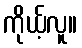
ကိုယ့်လူ။